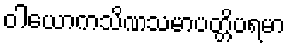
ဝါယောကသိဏသမာပတ္တိပရမာ